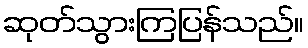
ဆုတ်သွားကြပြန်သည်။